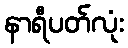
နာရီပတ်လုံး